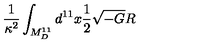
\frac { 1 } { \kappa ^ { 2 } } \int _ { M _ { D } ^ { 1 1 } } d ^ { 1 1 } x \frac { 1 } { 2 } \sqrt { - G } R